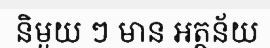
និមួយ ៗ មាន អត្ថន័យ